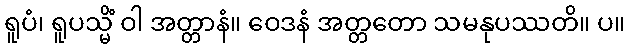
ရူပံ၊ ရူပသ္မိံ ဝါ အတ္တာနံ။ ဝေဒနံ အတ္တတော သမနုပဿတိ။ ပ။